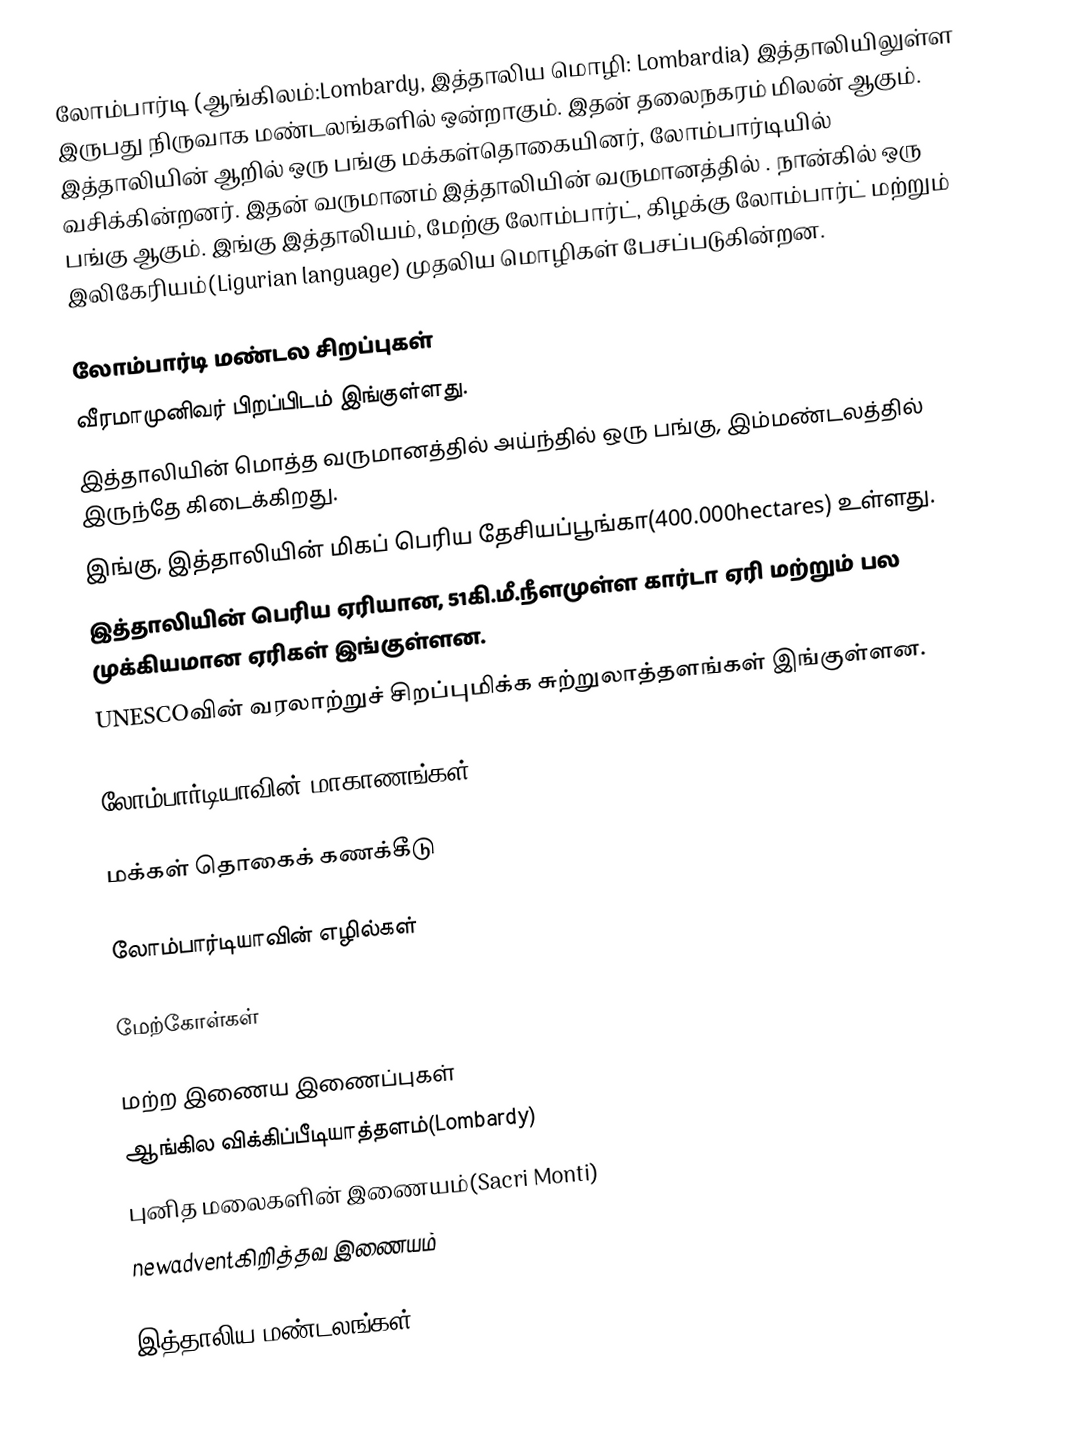
லோம்பார்டி (ஆங்கிலம்:Lombardy, இத்தாலிய மொழி: Lombardia) இத்தாலியிலுள்ள இருபது நிருவாக மண்டலங்களில் ஒன்றாகும். இதன் தலைநகரம் மிலன் ஆகும். இத்தாலியின் ஆறில் ஒரு பங்கு மக்கள்தொகையினர், லோம்பார்டியில் வசிக்கின்றனர். இதன் வருமானம் இத்தாலியின் வருமானத்தில் . நான்கில் ஒரு பங்கு  ஆகும். இங்கு இத்தாலியம், மேற்கு லோம்பார்ட், கிழக்கு லோம்பார்ட் மற்றும் இலிகேரியம்(Ligurian language) முதலிய மொழிகள் பேசப்படுகின்றன.

லோம்பார்டி மண்டல சிறப்புகள்
 வீரமாமுனிவர் பிறப்பிடம் இங்குள்ளது.
 இத்தாலியின் மொத்த வருமானத்தில் அய்ந்தில் ஒரு பங்கு, இம்மண்டலத்தில் இருந்தே கிடைக்கிறது.
 இங்கு, இத்தாலியின் மிகப் பெரிய தேசியப்பூங்கா(400.000hectares) உள்ளது.
 இத்தாலியின் பெரிய ஏரியான, 51கி.மீ.நீளமுள்ள கார்டா ஏரி மற்றும் பல முக்கியமான ஏரிகள் இங்குள்ளன.
 UNESCOவின் வரலாற்றுச் சிறப்புமிக்க சுற்றுலாத்தளங்கள் இங்குள்ளன.

லோம்பார்டியாவின் மாகாணங்கள்

 மக்கள் தொகைக் கணக்கீடு

லோம்பார்டியாவின் எழில்கள்

மேற்கோள்கள்

மற்ற இணைய இணைப்புகள்
 ஆங்கில விக்கிப்பீடியாத்தளம்(Lombardy)
 புனித மலைகளின் இணையம்(Sacri Monti)
 newadventகிறித்தவ இணையம்

இத்தாலிய மண்டலங்கள்